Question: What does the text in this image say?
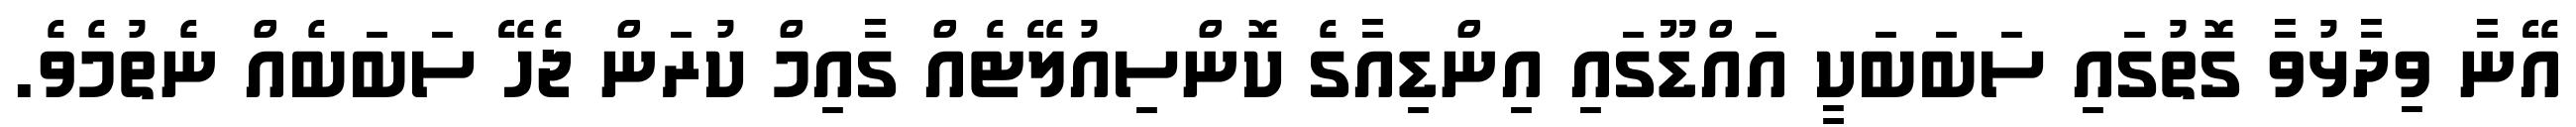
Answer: އޭނާ ވިދާޅުވާ ގޮތުގައި ސަބަބަކީ އައްޑޫގައި އިންޑިއާގެ ކޮންސިއުލޭޓެއް ގާއިމް ކުރަން ޖެހޭ ސަބަބެއް ނެތުމެވެ.